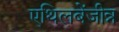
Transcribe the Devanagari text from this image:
एथिलबेंजीन्न